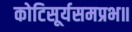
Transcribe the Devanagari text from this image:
कोटिसूर्यसमप्रभ॥